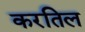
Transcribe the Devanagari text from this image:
करतिल